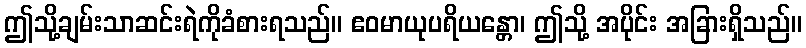
ဤသို့ချမ်းသာဆင်းရဲကိုခံစားရသည်။ ဧဝမာယုပရိယန္တော၊ ဤသို့ အပိုင်း အခြားရှိသည်။